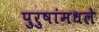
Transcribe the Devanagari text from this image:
पुरुषांमधले